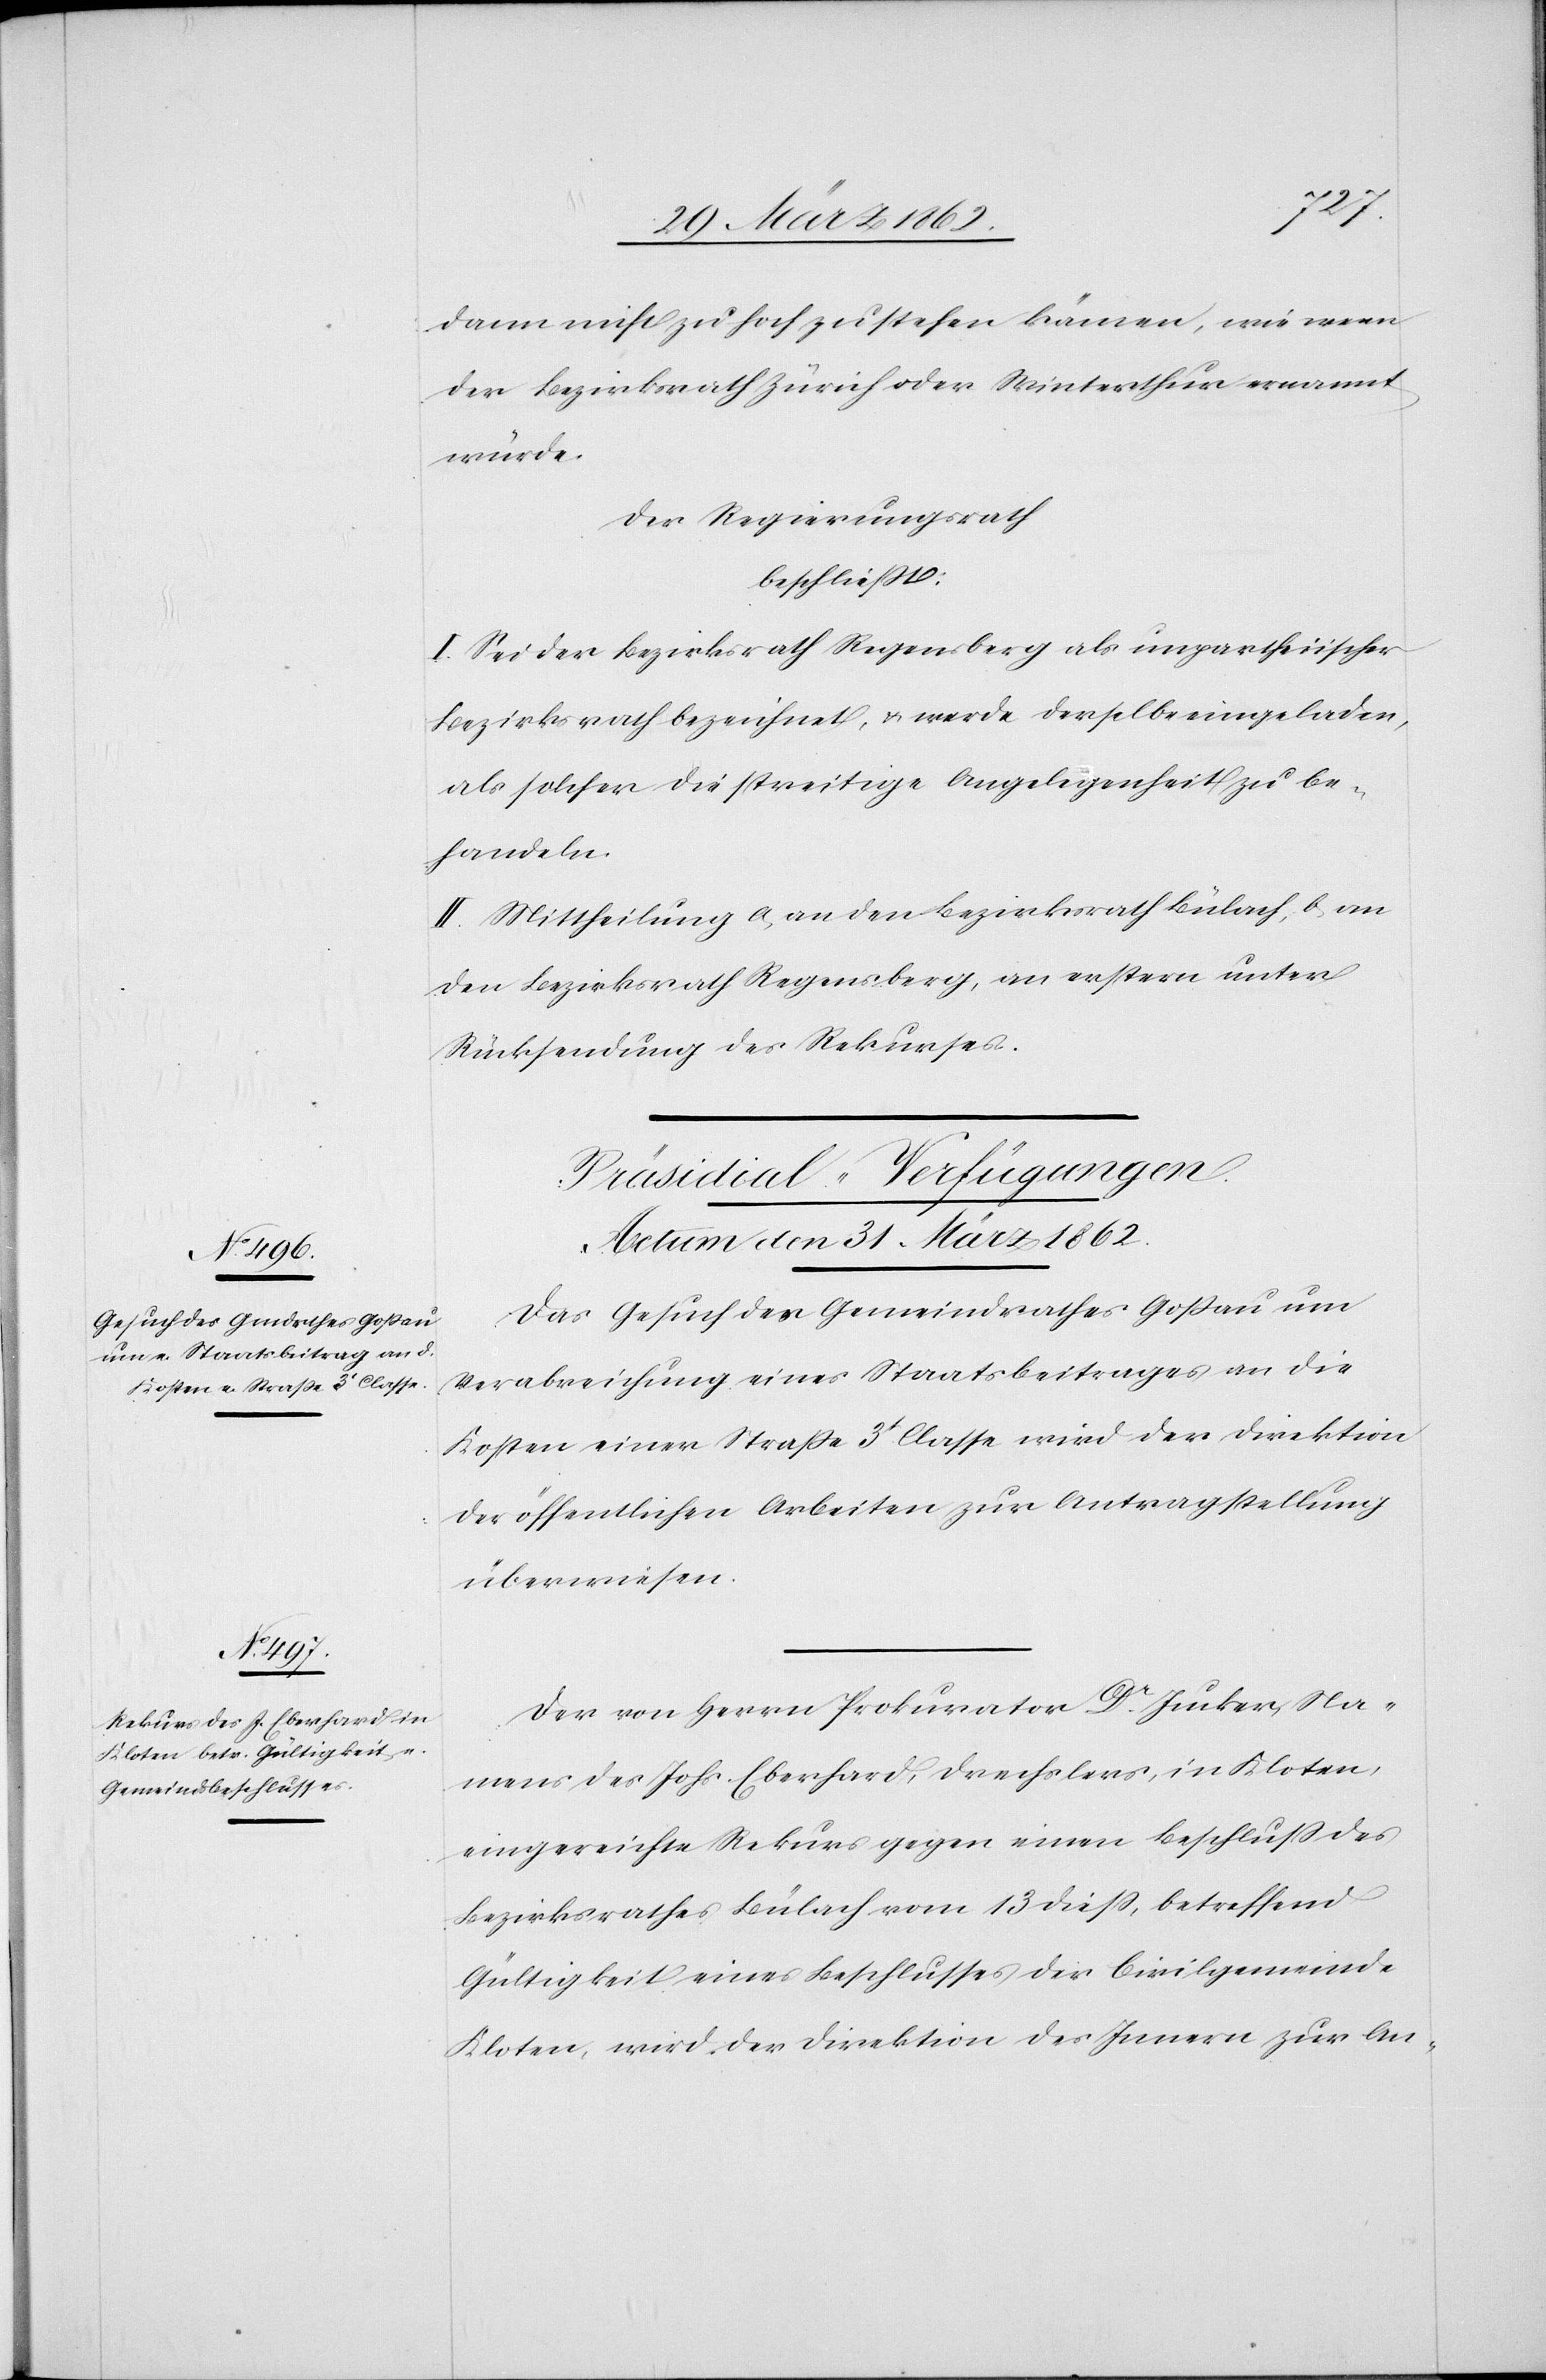
dann nicht zu hoch zu stehen kämen, wie wenn
der Bezirksrath Zürich oder Winterthur ernannt
würde.
Der Regierungsrath
beschließt:
I. Sei der Bezirksrath Regensberg als unpartheiischer
Bezirksrath bezeichnet, & werde derselbe eingeladen,
als solcher die streitige Angelegenheit zu be¬
handeln.
II. Mittheilung a) an den Bezirksrath Bülch, b) an
den Bezirksrath Regensberg, an erstern unter
Rücksendung des Rekurses.
[Präsidial-Verfügungen.
Actum den 31. März 1862.]
Das Gesuch des Gemeindrathes Goßau um
Verabreichung eines Staatsbeitrages an die
Kosten einer Straße 3t Classe wird der Direktion
der öffentlichen Arbeiten zur Antragstellung
überwiesen.
Der von Herr Prokurator Dr. Jucker, Na¬
mens des Johs. Eberhard, Drechslers, in Kloten,
eingereichte Rekurs gegen einen Beschluß des
Bezirksrathes Bülach vom 13 dieß, betreffend
Gültigkeit eines Beschlusses der Civilgemeinde
Kloten, wird der Direktion des Innern zur An-